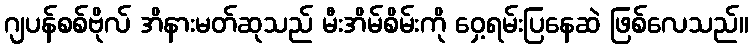
ဂျပန်စစ်ဗိုလ် အိနားမတ်ဆုသည် မီးအိမ်စိမ်းကို ဝှေ့ရမ်းပြနေဆဲ ဖြစ်လေသည်။